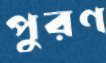
পুরণ